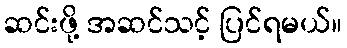
ဆင်းဖို့ အဆင်သင့် ပြင်ရမယ်။